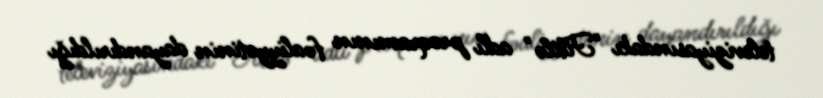
televiziyasındakı "Fitilə" adlı proqramının fəaliyyətinin dayandırıldığı